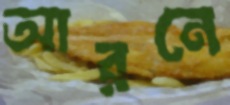
আরনে